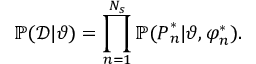
\mathbb { P } ( \mathcal { D } | \boldsymbol { \vartheta } ) = \prod _ { n = 1 } ^ { N _ { s } } \mathbb { P } ( \boldsymbol { P } _ { n } ^ { * } | \boldsymbol { \vartheta } , \boldsymbol { \varphi } _ { n } ^ { * } ) .